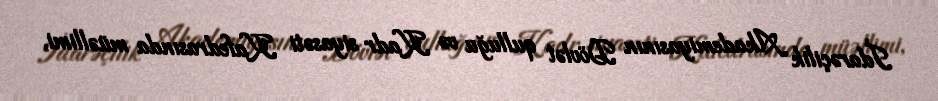
İdarəçilik Akademiyasının Dövlət qulluğu və Kadr siyasəti Kafedrasında müəllimi,